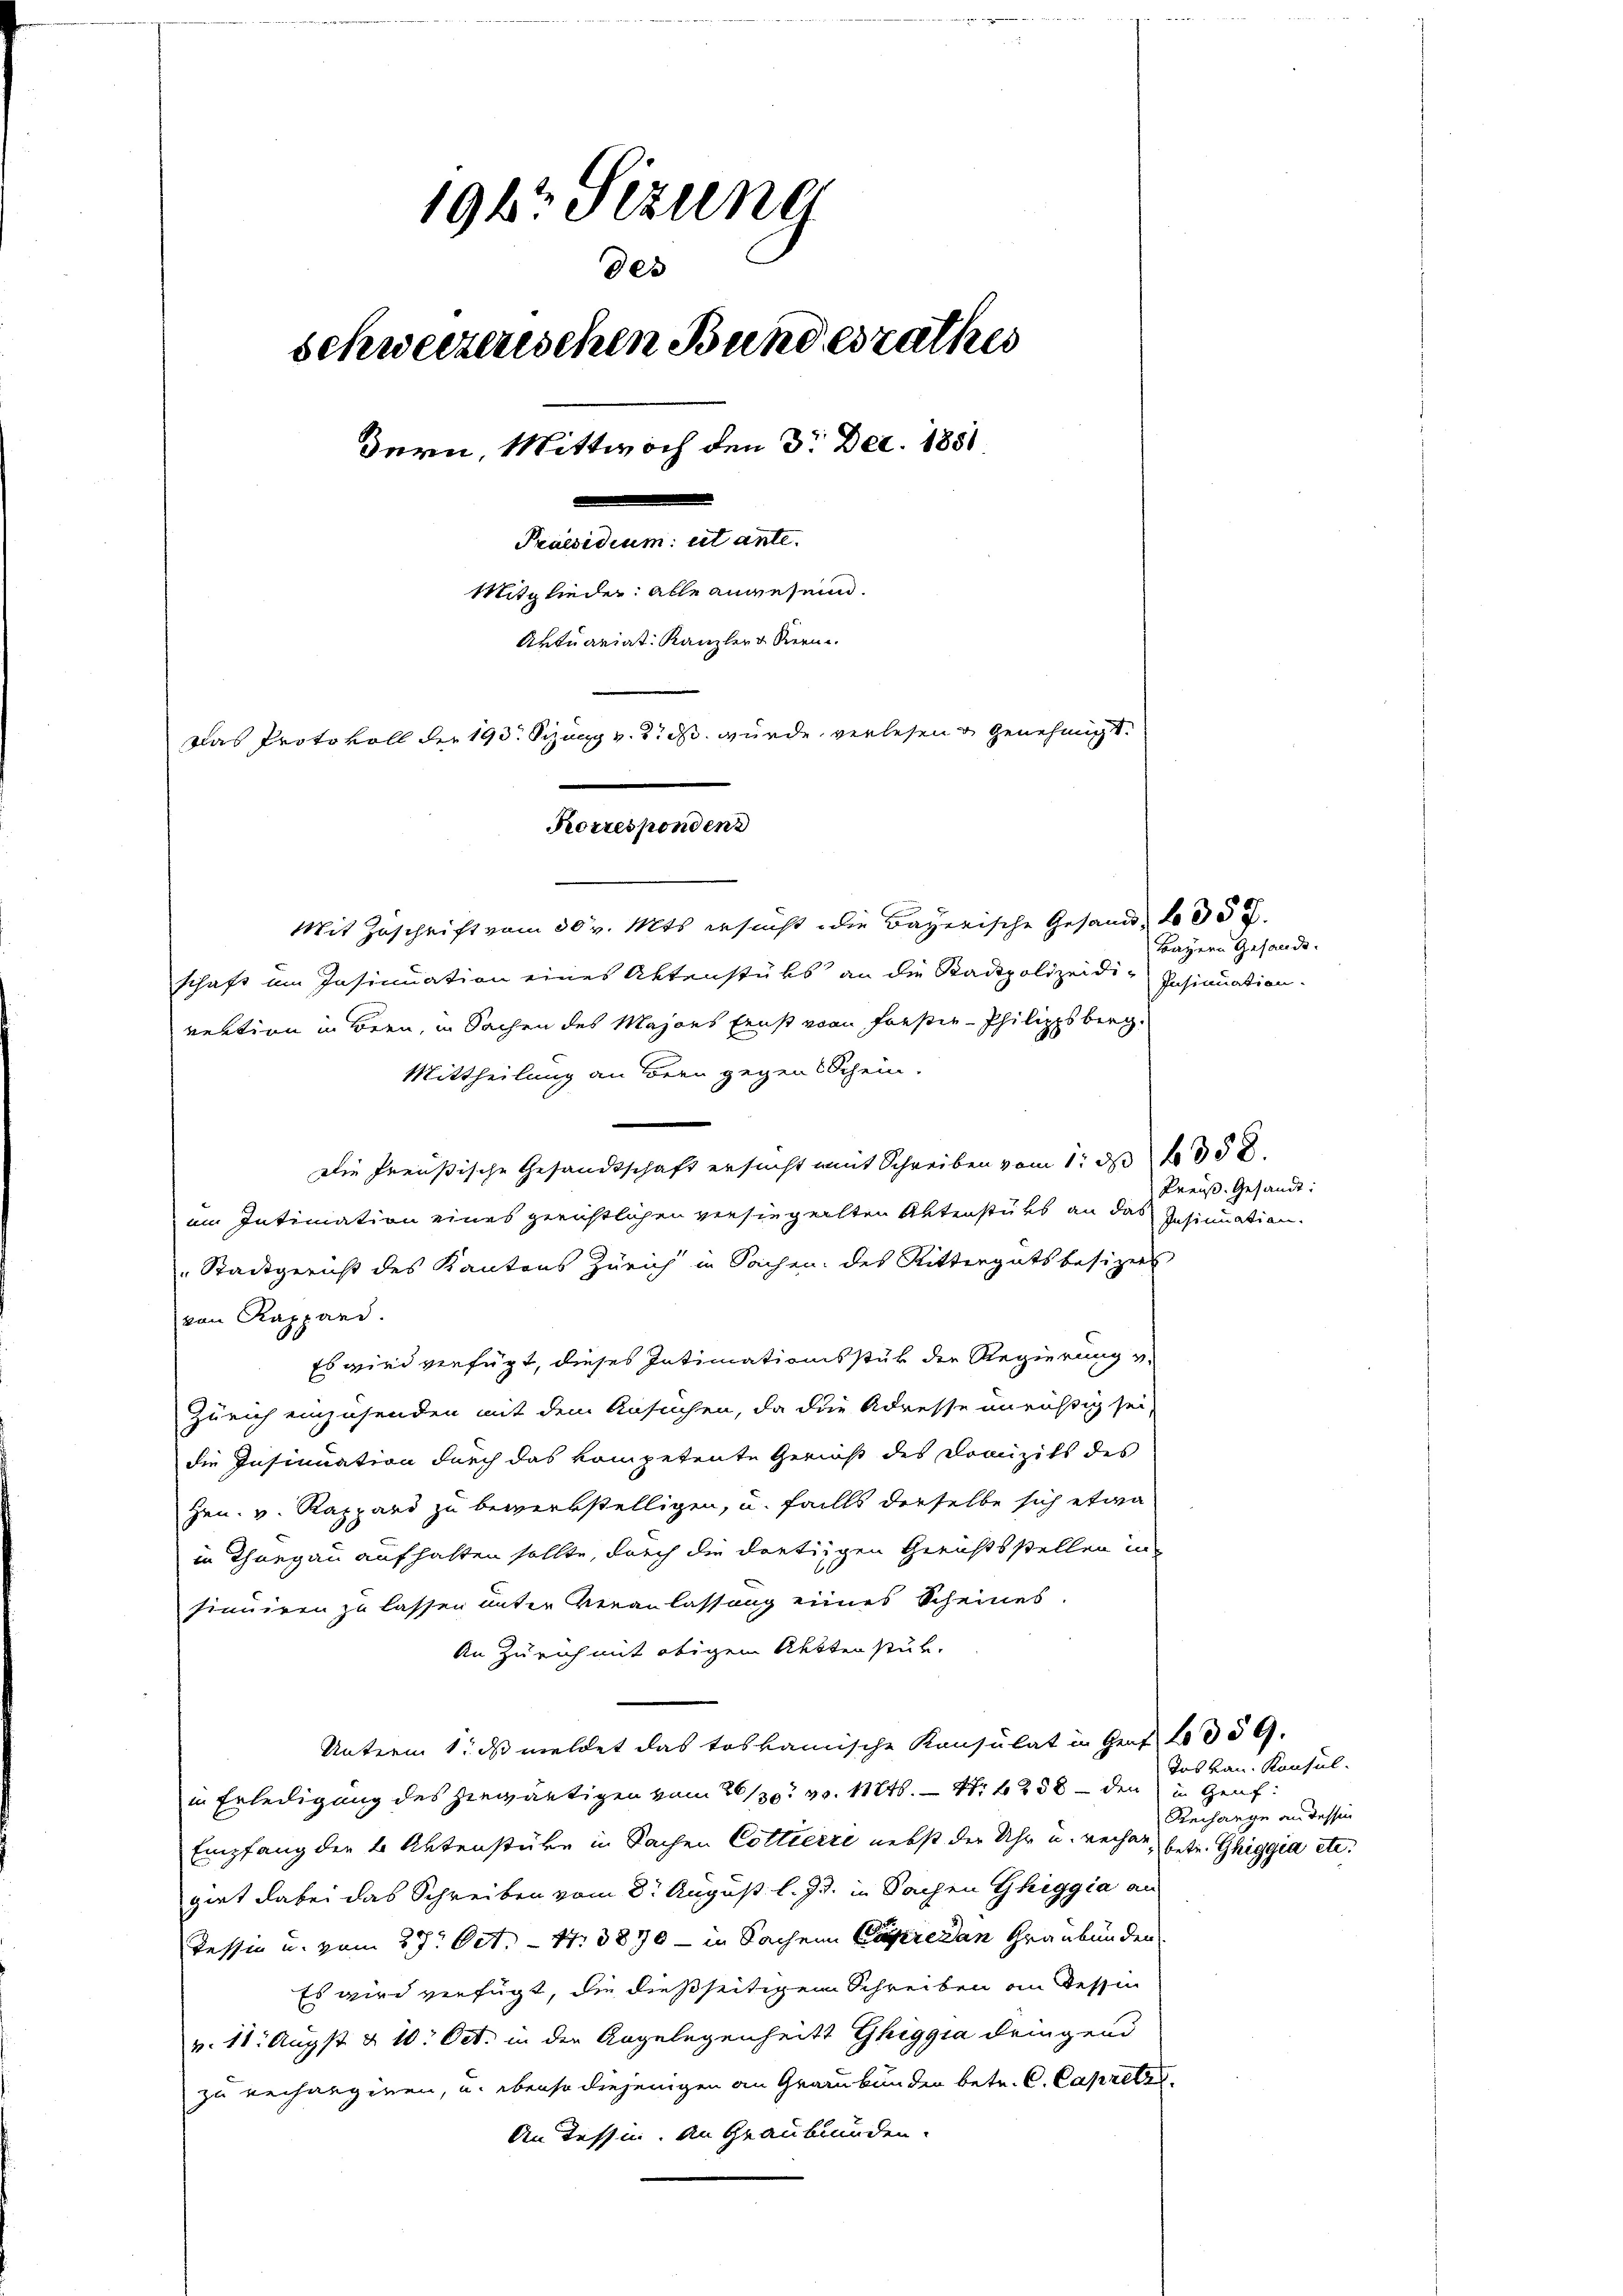
1947 Sizung
des
schweizerischen Bundesrathes
Bern, Mittwoch den 3. Dec. 1851
Praesidium et ante
Mitglieder: alle angesen.
Aktuariat. Kanzler v. Stern.
Das Protokoll der 190. Sizung v. 2. ds. wurde verlesen genehmigt.
Korresponden

Mit Zuschrift vom 30 v. Mts. ersucht die Bayerische Gesandt, No 35 f.
schaft im Insinuation eines Aktenstüks an die Stadtpolizeidi-Insinuation.
rektion in Bern, in Sachen des Majors Ernst von Forster- Philippsberg.
Mittheilung an Bern gegen Schein.
Die Preußische Gesandtschaft ersucht mit Schreiben vom 1. d. 1858.
em Intimation eines gerichtlichen versiegelten Aktenstüks an das
Stadtgericht des Kantons Zürich in Sachen des Rittergutsbesitzers
von Kappard.
Es wird verfügt, dieses Intimationsstück der Regierung v.
Zürich einzusenden mit dem Ansuchen, da die Adresse unruhig sei,
die Insinuation durch das kompetente Gericht des Domizils des
Heu. v. Rappard zu bewerkstelligen, u. falls derselbe sich etwa
in Thurgau aufhalten sollte, durch die dortigen Gerichtsstellen in
sinuiren zu lassen unter Veranlassung eines Scheines.
An Zürich mit obigem Aktten stük¬
Unterm 1. ds meldet das toskamische Konsulat in Gent tod § 9.
in Erledigung des Heerwärtigen vom 26/30. v. 1248. 4. 1258 - den in Genf
Empfang der 2 Aktenstüke in Sachen Cottierre nebst der Uhr u. recher, betr. Ghiggia etc.
giet dabei das Schreiben vom 8t August l. Js. in Sachen Ghiggia an
Tessin u. vom 27. Oct. 1380 - in Sachen Capsreden Graubünden
Es wird verfügt, die dießseitigem Schreiben an dessen
v. 11. Augst & 10. Oct. in der Angelegenheits Ghiggia dringend
zu verhangiren, u. ebenso diejenigen an Graubünden betr. C. Capritz
An Tessin. An Graubünden.

Bayern Gesandt.

Preuß. Gesandt:
Insinuation.

dos Bau. Konsul-
Recharge an dessen